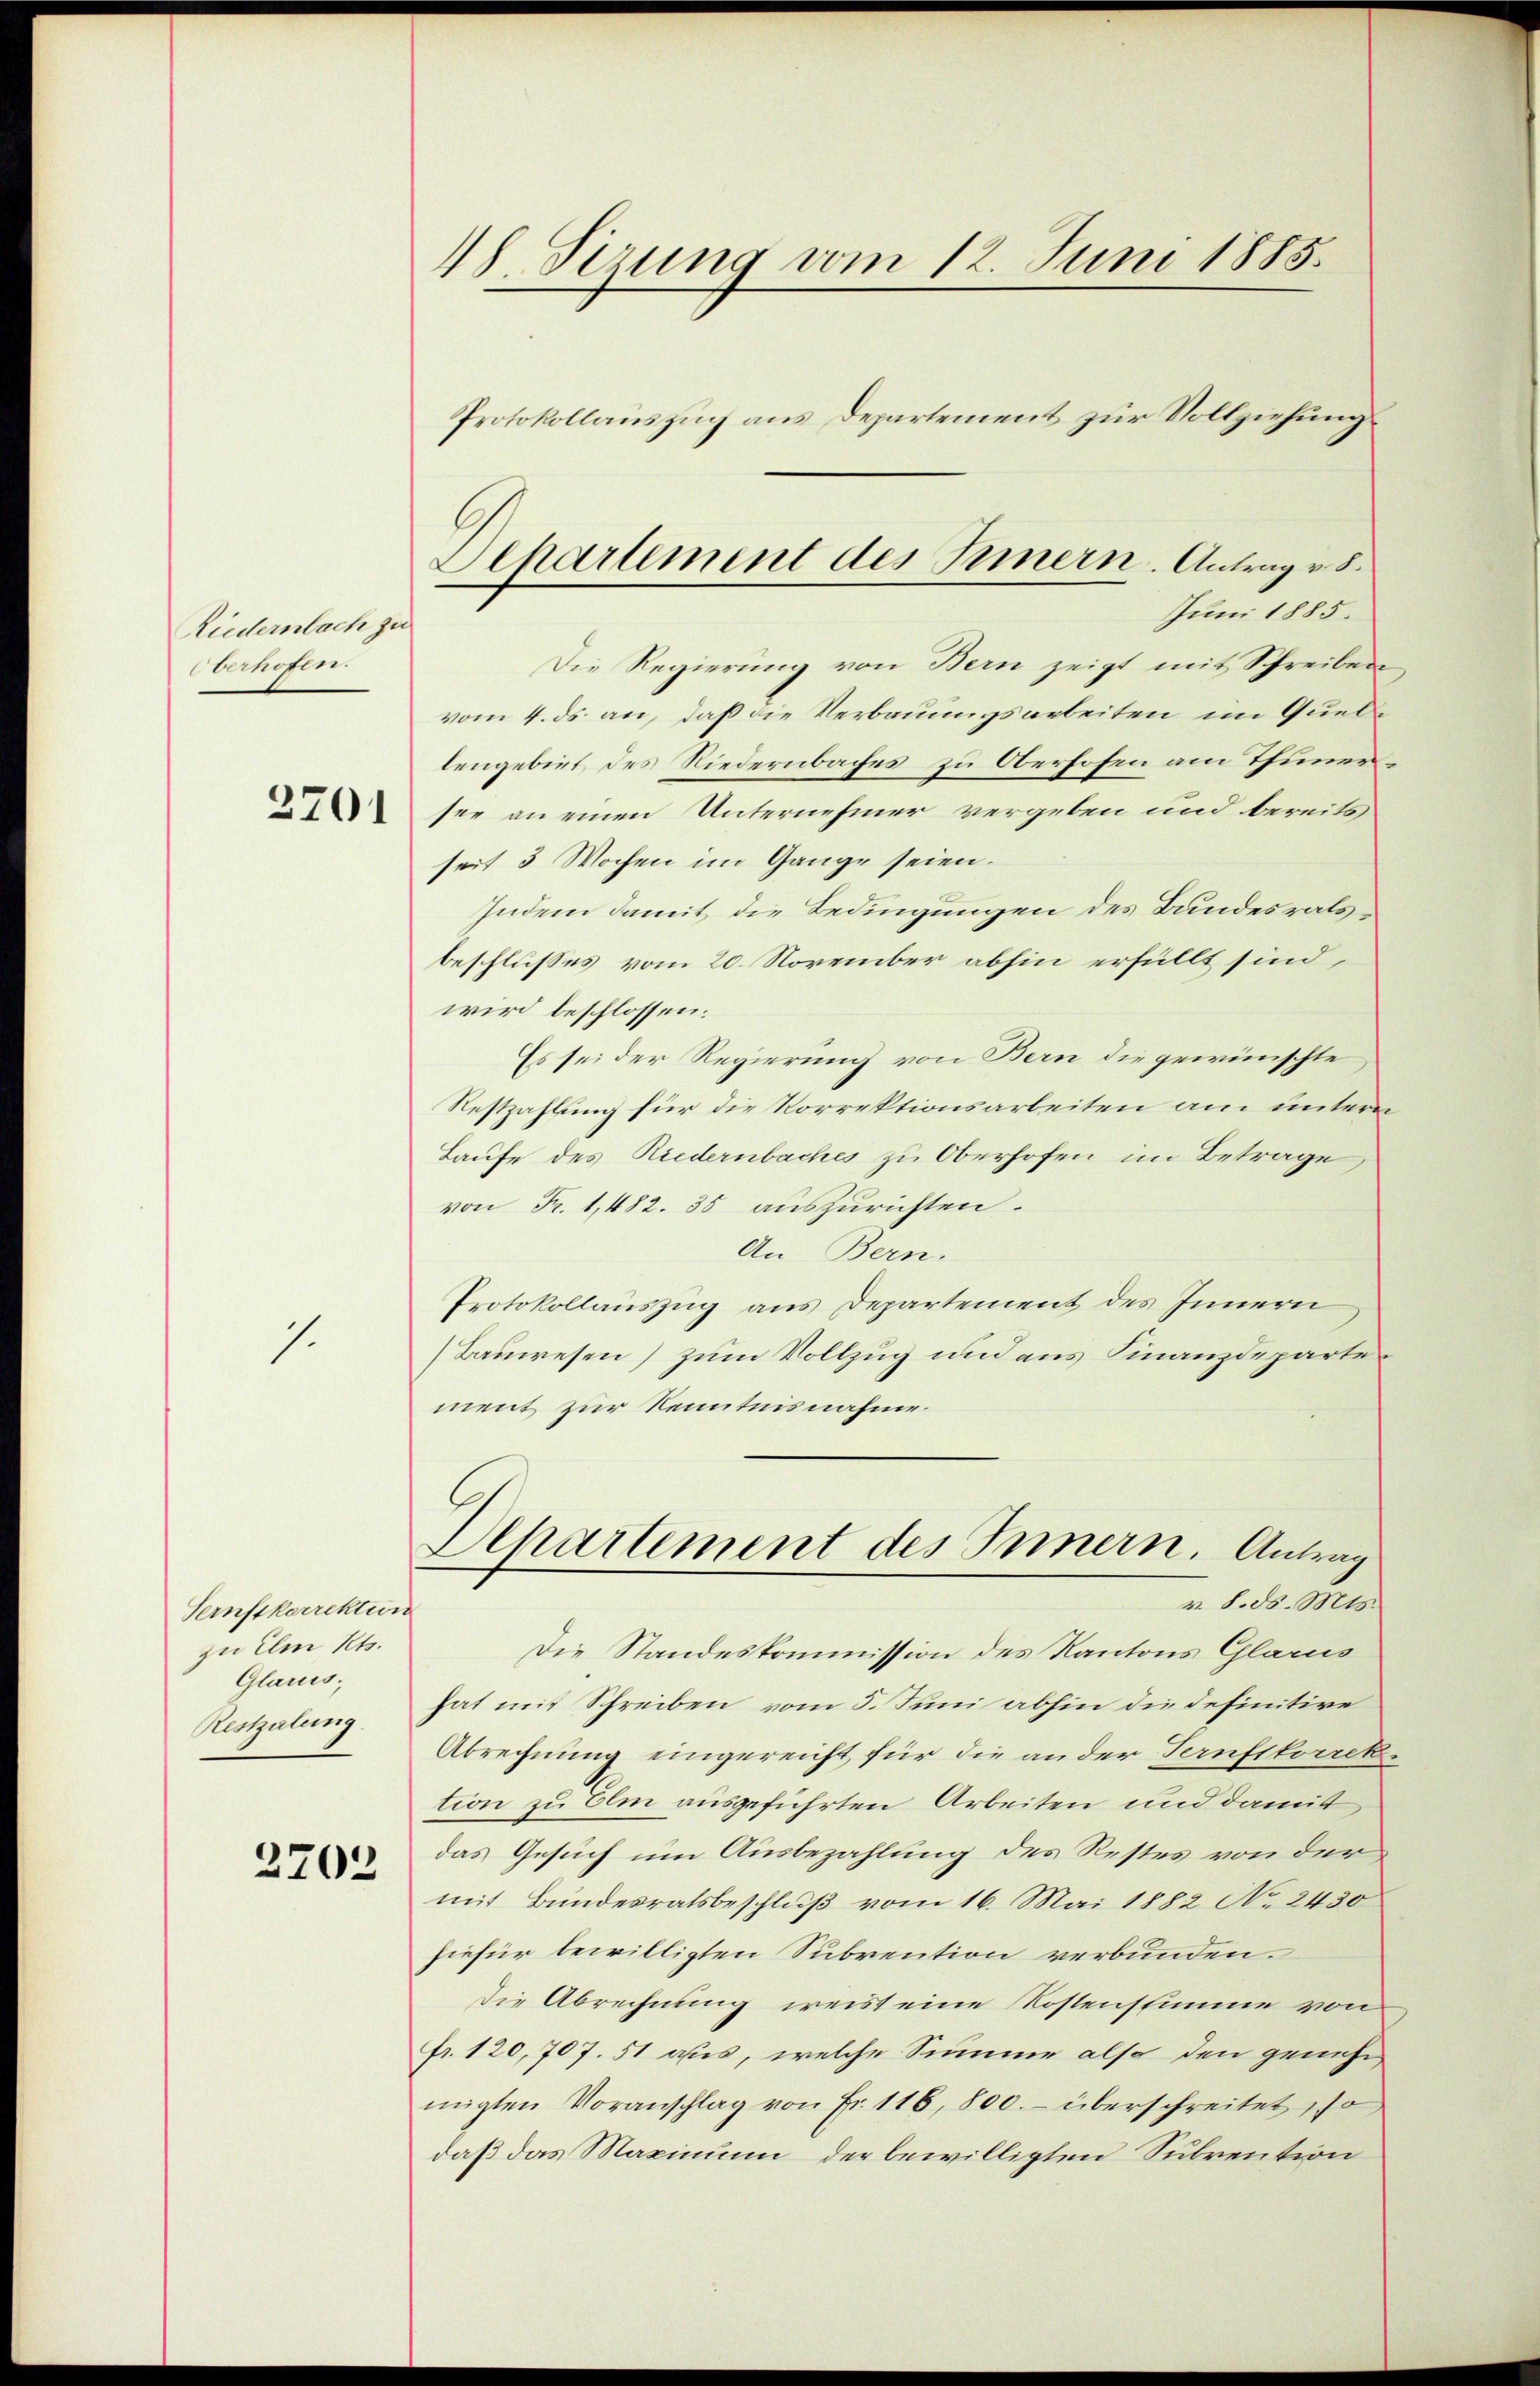
Riedernbach zu
Oberhofen.

2701

1.

Sernstkorrektun
zu Im Rts.
Glarus,
Restzalung.

2702

Serung vom 12. Juni 1885.
Protokollauszug aus Departement zur Vollziehung

Die Regierung von Bern zeigt mit Schreiben
vom 4. ds. an, daß die Verbauungsarbeiten im Quellengebiet des Niedernbaches zu Oberhofen am Thunersee an einen Unternehmer vergeben und bereits
seit 3 Wochen im Gange seien.
Indem damit die Bedingungen des Bundesratsbeschlusses vom 20. November abhin erfüllt sind,
wird beschlossen:
Es sei der Regierung von Bern die gewünschte
Restzahlung für die Korrektionsarbeiten am untern
Laufe des Riedernbaches zu Oberhofen im Betrage,
von Fr. 1,482. 35 auszurichten.
An Bern.
Protokollauszug aus Departement des Innern
Bauwesen) zum Vollzug und aus Finanzdeparte
ment zur Kenntnisnahme.
6
Departement des Innern. Antrag
v. 8. ds. Mts.
Die Standeskommission des Kantons Glarus
hat mit Schreiben vom 5. Juni abhin die definitire
Abrechnung eingereicht für die an der Ternftkorrektion zu Olm ausgeführten Arbeiten und damit
das Gesuch um Ausbezahlung des Restes von der
mit Bundesratsbeschluß vom 16. Mai 1882 No. 2430
hiefür bewilligten Subvention verbunden.
Die Abrechnung weist eine Kostenstimme von
fr. 120,707. 51 aus, welche Summe also den genehm
migten Voranschlag von Fr. 116, 800.- überschreitet so
daß das Maximum der bewilligten Subvention

Departement des Innern. Antrag v. 5.
Juni 1885.